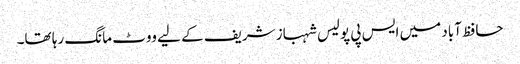
حافظ آباد میں ایس پی پولیس شہباز شریف کے لیے ووٹ مانگ رہا تھا۔